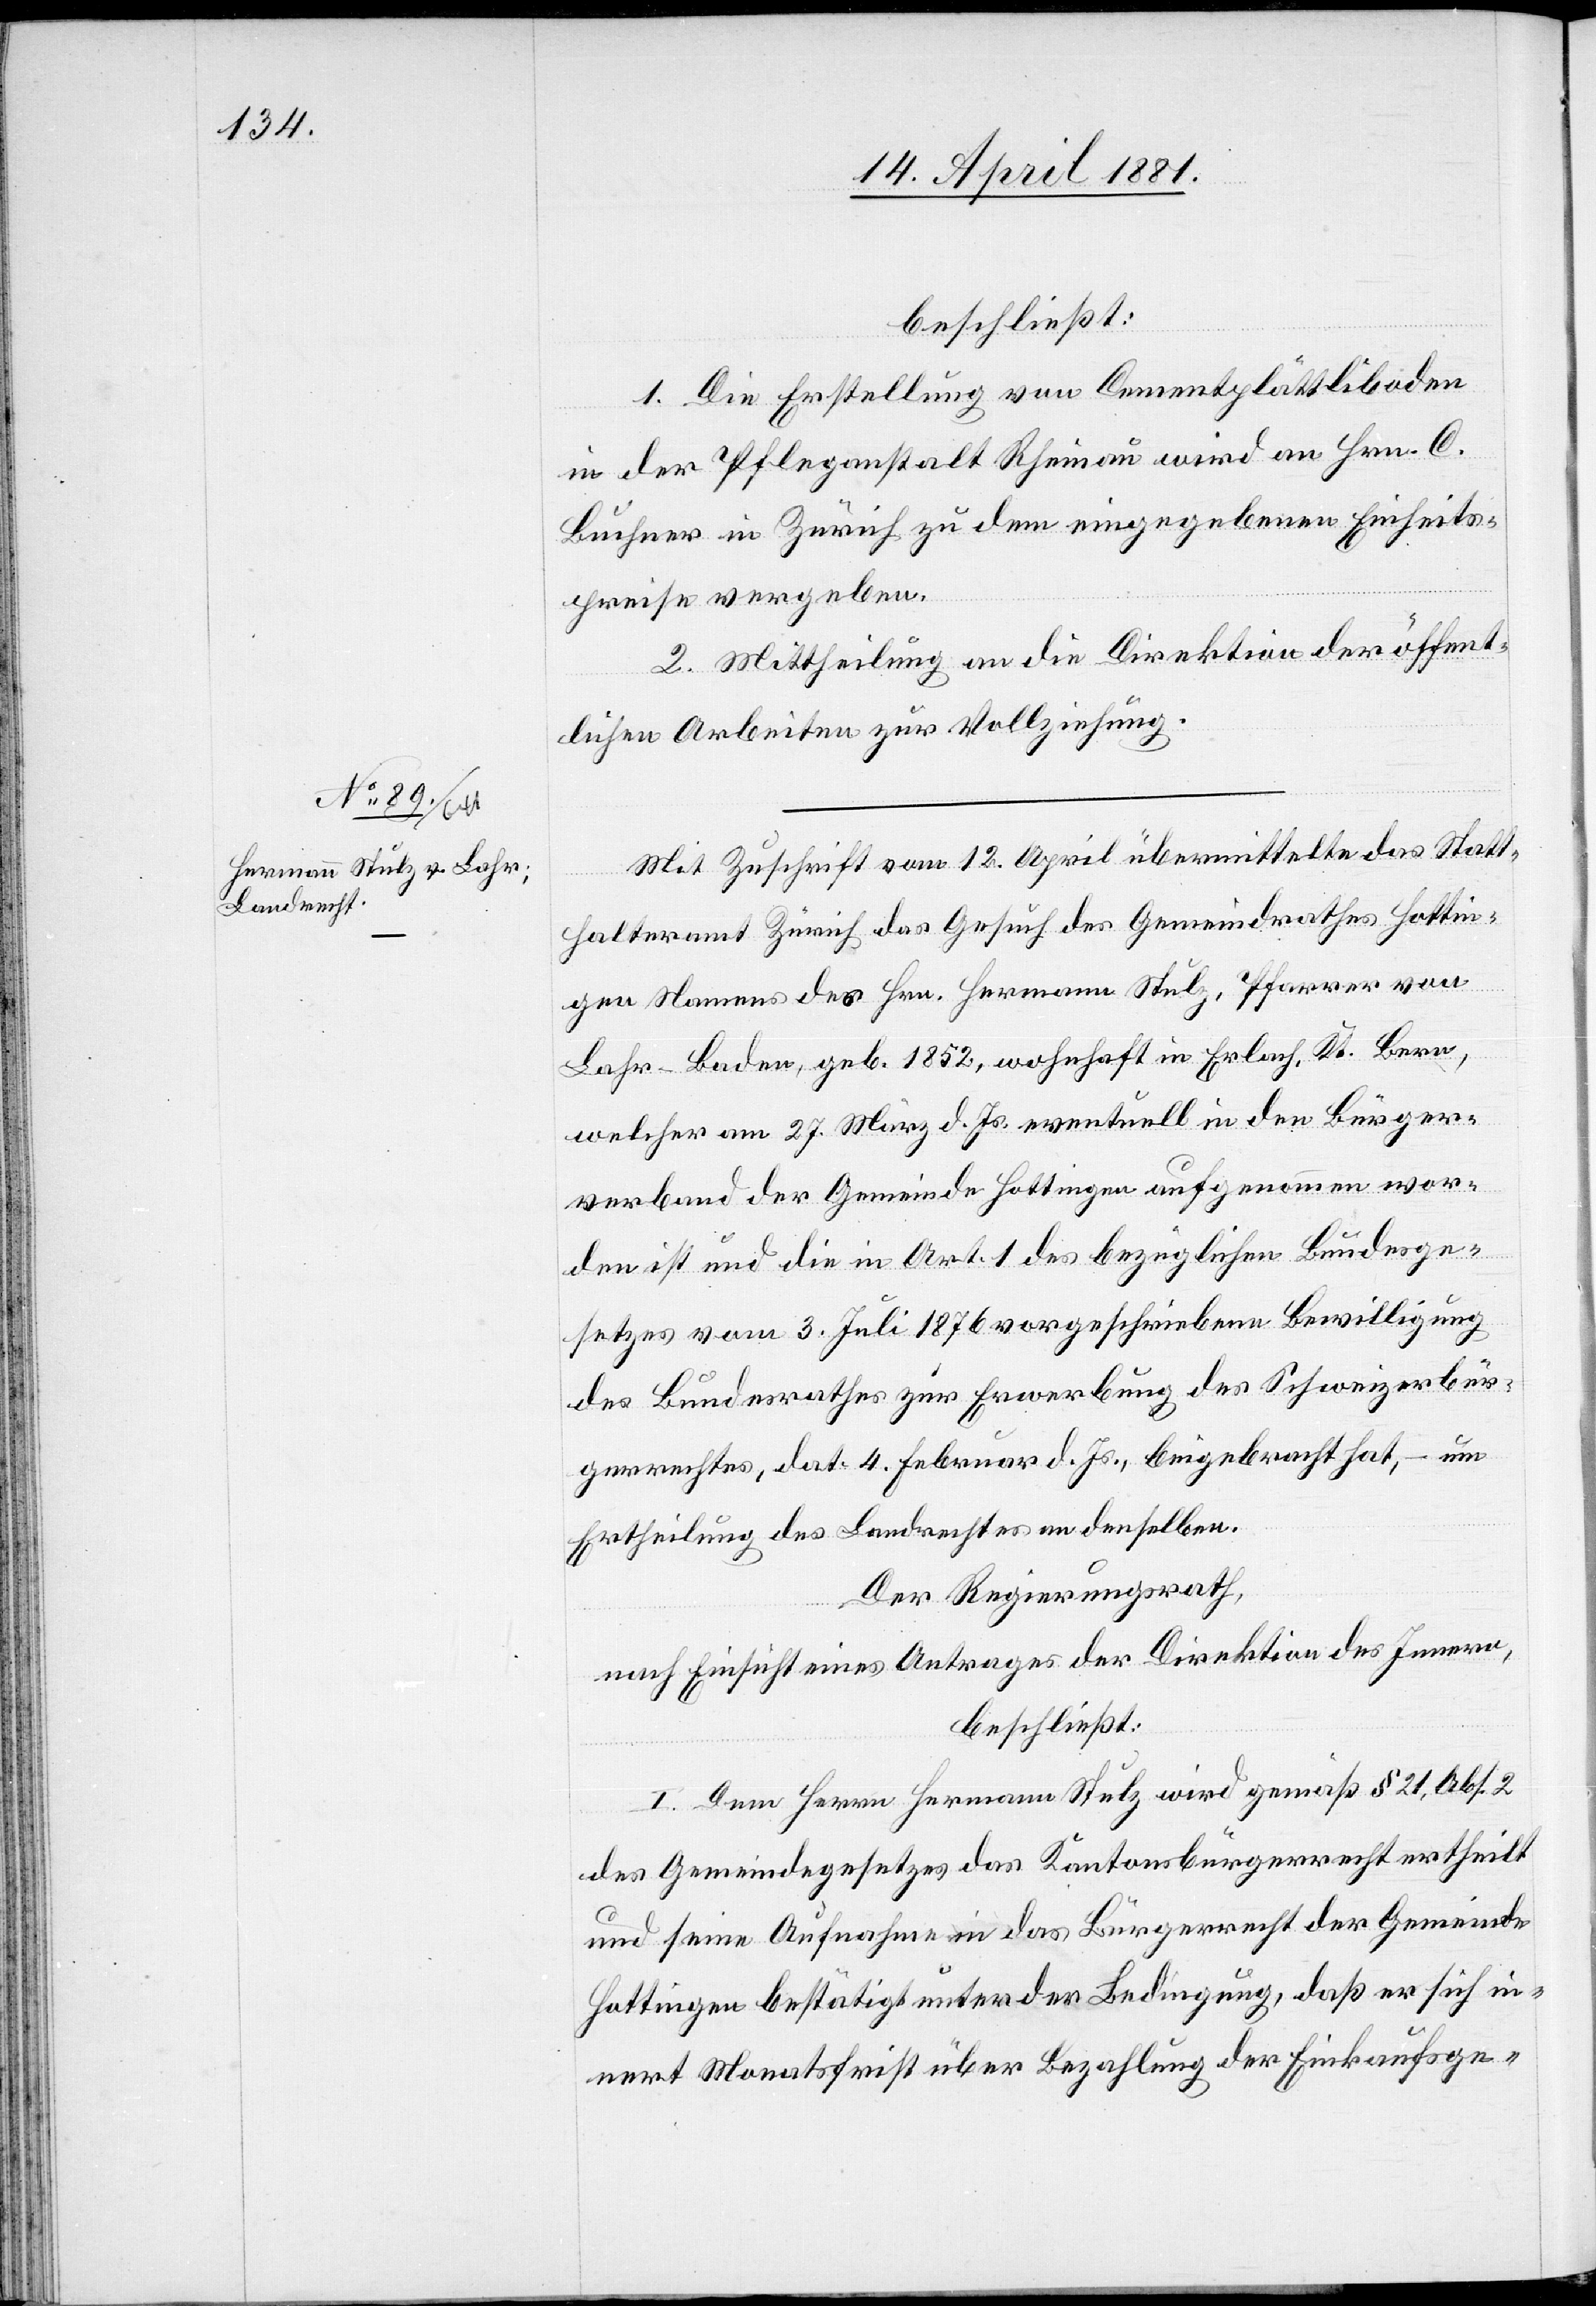
beschließt:
1. Die Erstellung von Cemmentplättliboden
in der Pflegeanstalt Rheinau wird an Hrn. C.
Buchner in Zürich zu dem eingegebenen Einheits¬
preise vergeben.
2. Mittheilung an die Direktion öffent¬
lichen Arbeiten zur Vollziehung.
Mit Zuschrift vom 12. April übermittelte das Statt¬
halteramt Zürich das Gesuch des Gemeindrathes Hottin¬
gen Namens des Hrn. Hermann Stulz, Pfarrer von
Lahr-Baden, geb. 1852, wohnhaft in Erlach, Kt. Bern,
welcher am 27. März d. Js. eventuell in den Bürger¬
verbund der Gemeinde Hottingen aufgenommen wor¬
den ist und die in Art. 1 des bezüglichen Bundesge¬
setzes vom 3. Juli 1876 vorgeschriebene Bewilligung
des Bundesrathes zur Erwerbung des Schweizerbür¬
gerrechtes, dat. 4. Februar d. Js., beigebracht hat, – um
Ertheilung des Landrechtes an denselben.
Der Regierungsrath,
nach Einsicht eines Antrages der Direktion des Innern,
beschließt:
1. Dem Herrn Hermann Stulz wird gemäß § 21, Abs. 2
des Gemeindegesetzes das Kantonsbürgerrecht ertheilt
und seine Aufnahme in das Bürgerrecht der Gemeinde
Hottingen bestätigt unter der Bedingung, daß er sich in¬
nert Monatsfrist über Bezahlung der Einkaufsge-